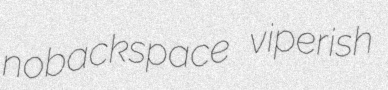
nobackspace viperish